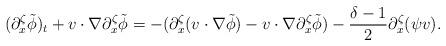
LaTeX: \begin{align*}(\partial^\zeta_x \tilde{\phi})_t+v\cdot \nabla \partial^\zeta_x \tilde{\phi}=-(\partial^\zeta_x (v\cdot \nabla \tilde{\phi})-v\cdot \nabla \partial^\zeta_x \tilde{\phi})-\frac{\delta-1}{2} \partial^\zeta_x (\psi v).\end{align*}